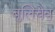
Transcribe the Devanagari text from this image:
बुलिचेव